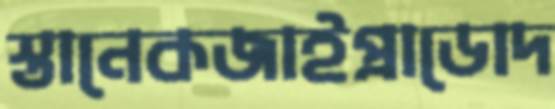
স্তানেকজাইপ্রাডোদ